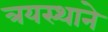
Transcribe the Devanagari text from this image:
त्रयस्थाने